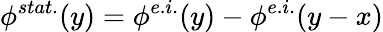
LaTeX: \phi^{stat.}(y)=\phi^{e.i.}(y)-\phi^{e.i.}(y-x)